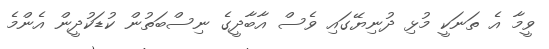
ވީމާ އެ ތަނަކީ މުޅި ދުނިޔޭގައި ވެސް އާބާދީގެ ނިސްބަތުން ކުޑަކުދީން އެންމެ